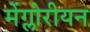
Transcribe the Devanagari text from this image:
मेंग्लोरीयन